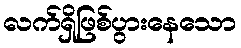
လက်ရှိဖြစ်ပွားနေသော